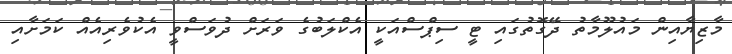
މާޒިޔާއިން މައުލޫމާތު ދޭގޮތުގައި ޓީ ސިޕްސްއަކީ އެކްލަބުގެ ވަރަށް ދުވަސްވީ އެކުވެރިއެއް ކަމަށާއި